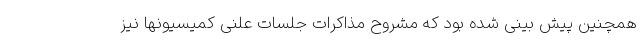
همچنین پیش بینی شده بود که مشروح مذاکرات جلسات علنی کمیسیونها نیز